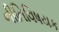
નીતિવિષયક